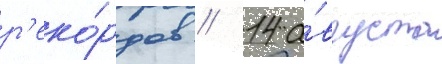
р'еко́рдов // 14 а́вгуста